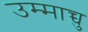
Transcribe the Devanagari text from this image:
उम्माच्चु